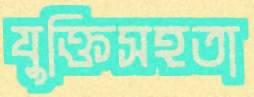
যুক্তিসহতা